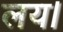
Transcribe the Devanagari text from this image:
लय।